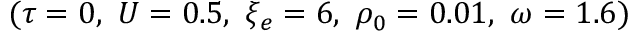
( \tau = 0 , ~ U = 0 . 5 , ~ \xi _ { e } = 6 , ~ \rho _ { 0 } = 0 . 0 1 , ~ \omega = 1 . 6 )